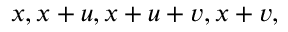
x , x + u , x + u + v , x + v ,